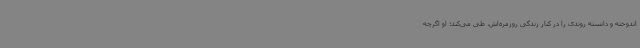
اندوخته و دانسته روندی را در کنار زندگی روزمره‌اش، طی می‌کند؛ او اگرچه